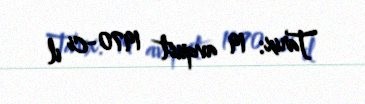
Tarix: 19 avqust 1970-ci il